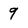
Character: 9